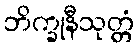
ဘိက္ခုနီသုတ္တံ